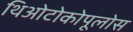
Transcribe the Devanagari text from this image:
थिओटोकोपूलोस